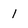
Character: 1